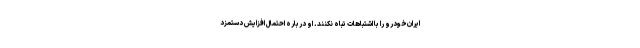
ایران‌خودرو را با اشتباهات تباه نکنند. او درباره احتمال افزایش دستمزد